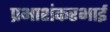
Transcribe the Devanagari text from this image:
प्रभाशंकरभाई